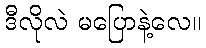
ဒီလိုလဲ မပြောနဲ့လေ။